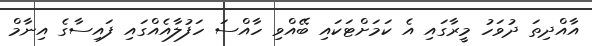
އާއްދިތަ ދުވަހު މީރާގައި އެ ކަމަށްޓަކައި ބޭއްވި ހާއްސަ ހަފުލާއެއްގައި ފައިސާގެ އިނާމް